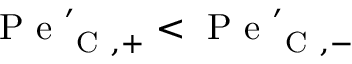
\mathrm { ~ P ~ e ~ } _ { \mathrm { ~ C ~ } , + } ^ { \prime } < \mathrm { ~ P ~ e ~ } _ { \mathrm { ~ C ~ } , - } ^ { \prime }